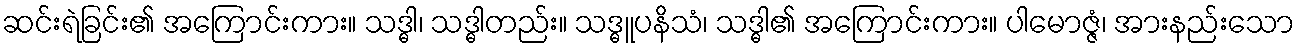
ဆင်းရဲခြင်း၏ အကြောင်းကား။ သဒ္ဓါ၊ သဒ္ဓါတည်း။ သဒ္ဓူပနိသံ၊ သဒ္ဓါ၏ အကြောင်းကား။ ပါမောဇ္ဇံ၊ အားနည်းသော